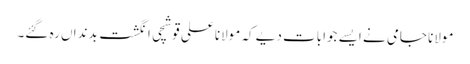
مولانا جامی نے ایسے جوابات دیے کہ مولانا علی قوشچی انگشت بدنداں رہ گئے۔